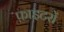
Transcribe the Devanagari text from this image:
फ़ाइटरों